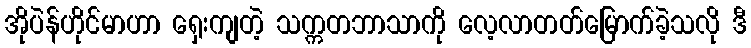
အိုပဲန်ဟိုင်မာဟာ ရှေးကျတဲ့ သက္ကတဘာသာကို လေ့လာတတ်မြောက်ခဲ့သလို ဒီ